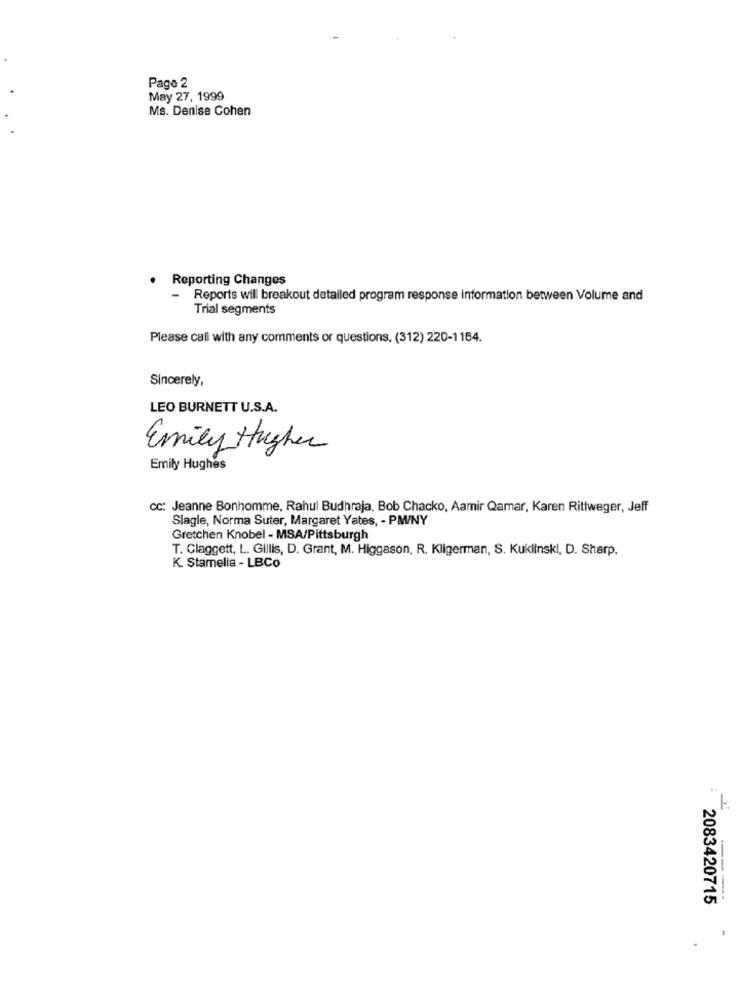
Pago 2
May 27, 1999
Ms. Denise Cohen
. Reporting Changes
-
Reports will breakout detailed program response information between Volume and
Trial segments
Please call with any comments or questions, (312) 220-1164.
Sincerely,
LEO BURNETT U.S.A.
Emily Higher
Emily Hughes
CC: Jeanne Bonhomme, Rahul Budhraja, Bob Chacko, Aamir Qamar, Karen Rittweger, Jeff
Slagle, Norma Suter, Margaret Yates, - PM/NY
Gretchen Knobel - MSA/Pittsburgh
T. Claggett, L. Gillis, D. Grant, M. Higgason, R. Kligerman, S. Kuklinski, D. Sharp,
K. Stamella - LBCo
2083420715